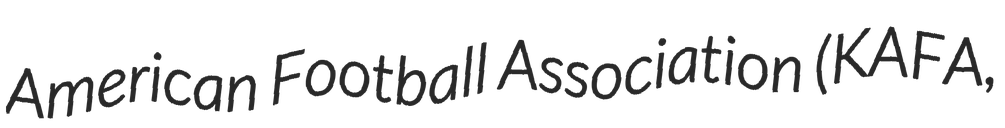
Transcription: American Football Association (KAFA,